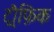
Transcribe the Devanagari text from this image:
ट्रौफ़िक